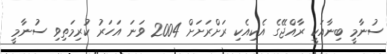
ސުނާމީ ބިނާއަކީ ރާއްޖޭގެ އެކިއެކި ރަށްރަށަށް 2004 ވަނަ އަހަރު ކުރިމަތިވި ސުނާމީ